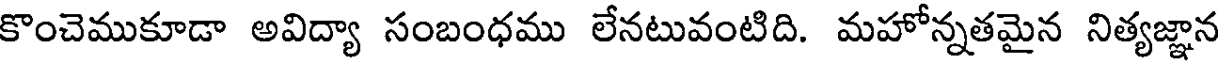
కొంచెముకూడా అవిద్యా సంబంధము లేనటువంటిది. మహోన్నతమైన నిత్యజ్ఞాన